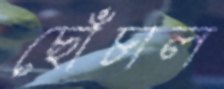
ছোঁচাল